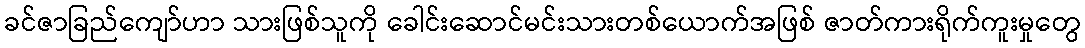
ခင်ဇာခြည်ကျော်ဟာ သားဖြစ်သူကို ခေါင်းဆောင်မင်းသားတစ်ယောက်အဖြစ် ဇာတ်ကားရိုက်ကူးမှုတွေ